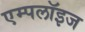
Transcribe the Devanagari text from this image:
एम्पलॉइज